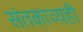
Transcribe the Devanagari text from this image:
संतकाव्यही